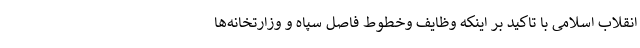
انقلاب اسلامی با تاکید بر اینکه وظایف وخطوط فاصل سپاه و وزارتخانه‌ها